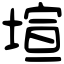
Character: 塇